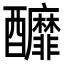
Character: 釄